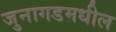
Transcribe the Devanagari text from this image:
जुनागडमधील